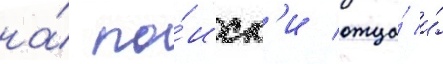
на́ по́иск'и отца́ и́